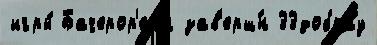
игры́ Бачерор'еал зав'ерш́н 33добрау